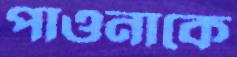
পাওনাকে